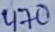
Text: 470